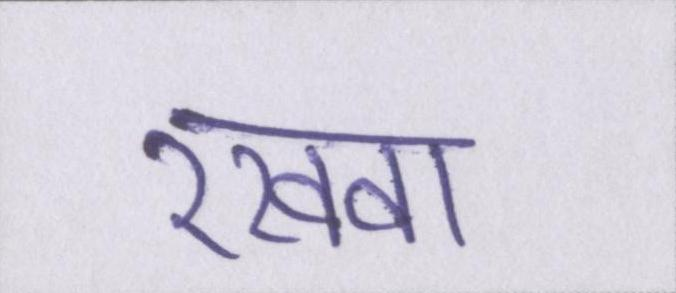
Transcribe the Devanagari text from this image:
रखवा